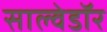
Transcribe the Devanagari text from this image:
साल्वेडॉर